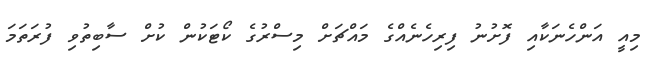
މިއީ އަންހެނަކާއި ފޮށުނު ފިރިހެނެއްގެ މައްޗަށް މިސްރުގެ ކޯޓަކުން ކުށް ސާބިތުވި ފުރަތަމަ